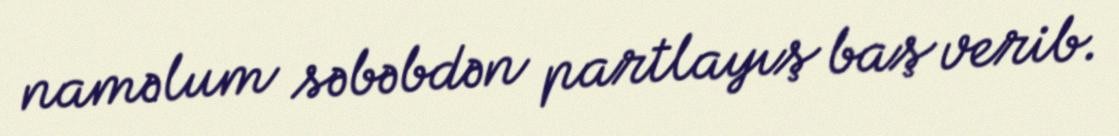
naməlum səbəbdən partlayış baş verib.